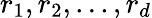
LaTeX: r_{1},r_{2},...,r_{d}